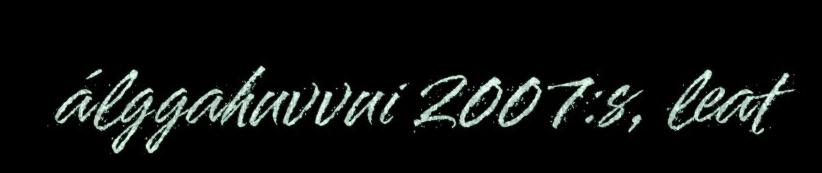
álggahuvvui 2007:s, leat